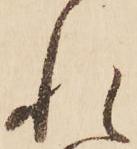
れ